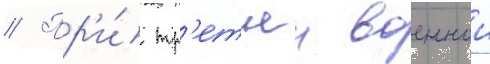
// Пр'и́ тр'етьеи военнои